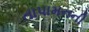
તાપામનની